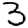
Digit: 3